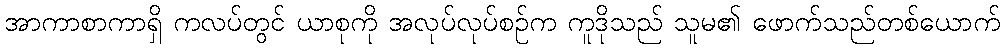
အာကာစာကာရှိ ကလပ်တွင် ယာစုကို အလုပ်လုပ်စဉ်က ကူဒိုသည် သူမ၏ ဖောက်သည်တစ်ယောက်